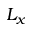
L _ { x }